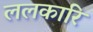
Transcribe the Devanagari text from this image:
ललकारि